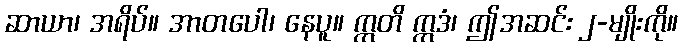
ဆာယာ၊ အရိပ်။ အာတပေါ၊ နေပူ။ ဣတိ ဣဒံ၊ ဤအဆင်း ၂-မျိုးကို။